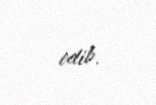
edib.